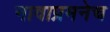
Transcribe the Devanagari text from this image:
नावाप्रमनेच